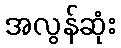
အလွန်ဆုံး